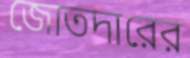
জোতদারের